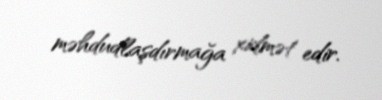
məhdudlaşdırmağa xidmət edir.